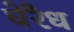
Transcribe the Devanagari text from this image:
घेरैध